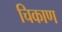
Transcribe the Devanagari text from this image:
चिकाण